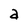
Character: a